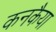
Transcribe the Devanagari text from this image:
कनकैया